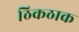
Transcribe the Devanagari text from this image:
ठिकठाक